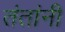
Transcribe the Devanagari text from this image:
तंतांनी